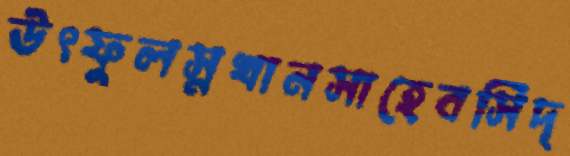
উৎফুলস্নখানসাহেবসিদ্